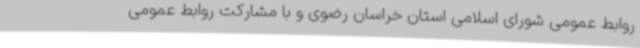
روابط عمومی شورای اسلامی استان خراسان رضوی و با مشارکت روابط عمومی